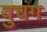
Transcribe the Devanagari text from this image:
वुचंग